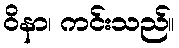
ဝိနာ၊ ကင်းသည်။